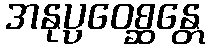
အနုပ္ပဝေစ္ဆန္တေ